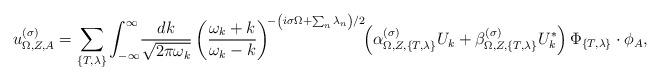
LaTeX: \begin{align*}u_{\Omega,Z,A}^{(\sigma)}=\sum_{\{T,\lambda\}}\int_{-\infty}^\infty\! \frac{dk}{\sqrt{2\pi\omega_k}}\left(\frac{\omega_k+k}{\omega_k-k}\right)^{\!-\left(i\sigma\Omega+\sum_n\lambda_n\right)/2}\kern-4pt\left(\alpha_{\Omega,Z,\{T,\lambda\}}^{(\sigma)} U_k+ \beta_{\Omega,Z,\{T,\lambda\}}^{(\sigma)} U_k^*\right)\Phi_{\{T,\lambda\}}\cdot\phi_A ,\end{align*}